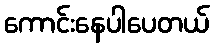
ကောင်းနေပါပေတယ်